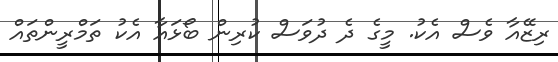
ރިޒޭއާ ވެސް އެކު. މީގެ ދެ ދުވަސް ކުރިން ބޯޅައާ އެކު ތަމްރީންތައް